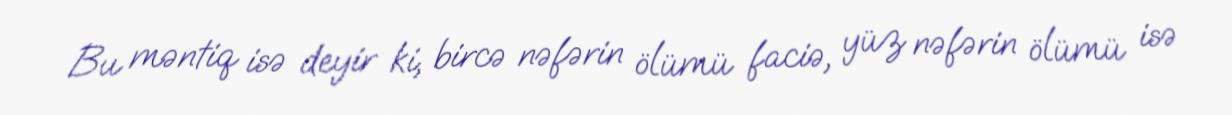
Bu məntiq isə deyir ki, bircə nəfərin ölümü faciə, yüz nəfərin ölümü isə